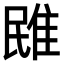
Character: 𨾧